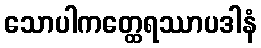
သောပါကတ္ထေရဿာပဒါနံ